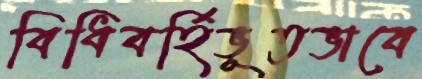
বিধিবর্হিভূতভাবে